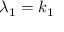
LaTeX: \lambda _ { 1 } = k _ { 1 }